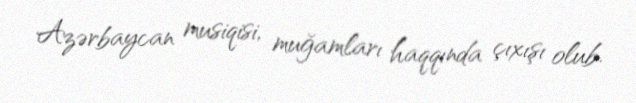
Azərbaycan musiqisi, muğamları haqqında çıxışı olub.